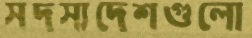
সদস্যদেশগুলো